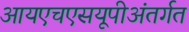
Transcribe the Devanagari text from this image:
आयएचएसयूपीअंतर्गत